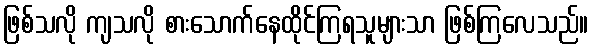
ဖြစ်သလို ကျသလို စားသောက်နေထိုင်ကြရသူများသာ ဖြစ်ကြလေသည်။